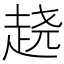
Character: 𰷵